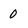
Character: 0